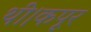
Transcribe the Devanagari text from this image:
थी।कपूर